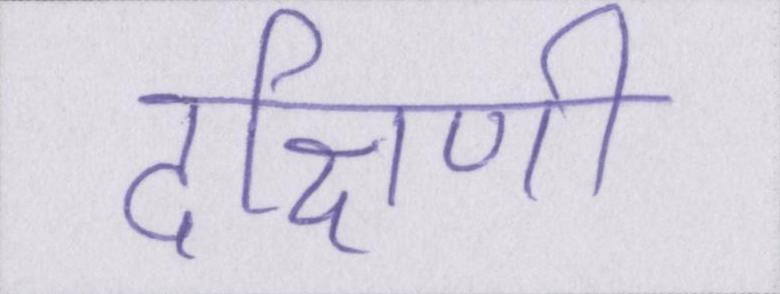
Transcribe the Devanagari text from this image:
दक्षिणी